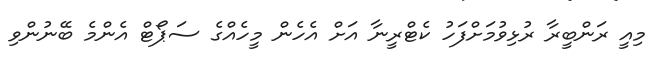
މިއީ ރަންބީރާ ރުޅިވުމަށްފަހު ކެޓްރީނާ އަށް އެހެން މީހެއްގެ ސަޕޯޓް އެންމެ ބޭނުންވި